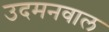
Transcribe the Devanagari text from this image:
उदमनवाल